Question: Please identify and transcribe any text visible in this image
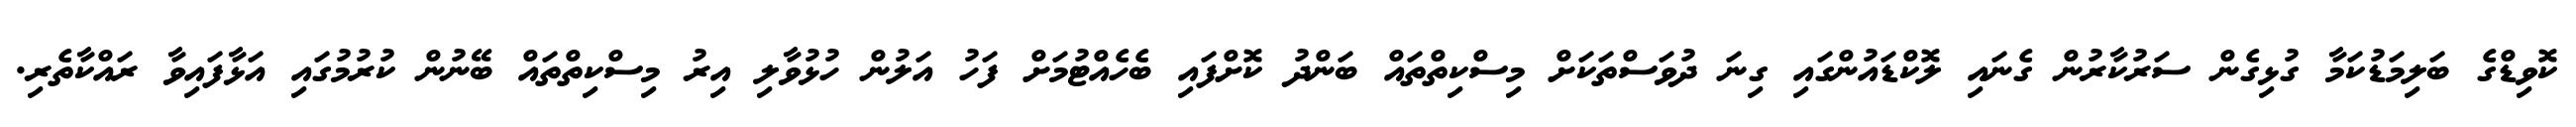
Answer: ކޮވިޑްގެ ބަލިމަޑުކަމާ ގުޅިގެން ސަރުކާރުން ގެނައި ލޮކްޑައުންގައި ގިނަ ދުވަސްތަކަށް މިސްކިތްތައް ބަންދު ކޮށްފައި ބެހެއްޓުމަށް ފަހު އަލުން ހުޅުވާލި އިރު މިސްކިތްތައް ބޭނުން ކުރުމުގައި އަޅާފައިވާ ރައްކާތެރި.